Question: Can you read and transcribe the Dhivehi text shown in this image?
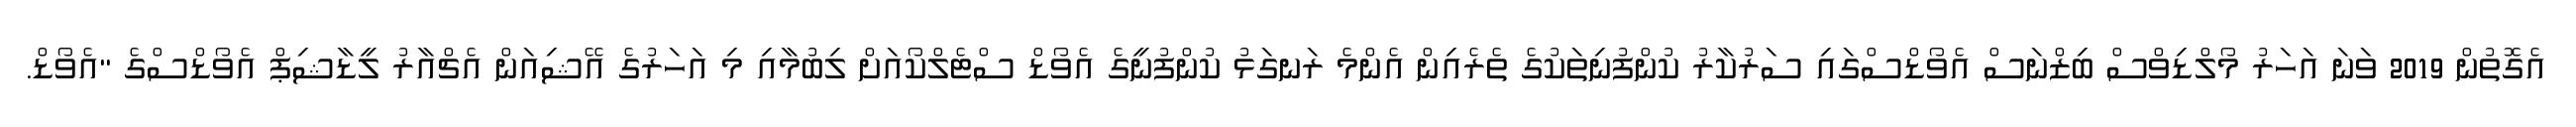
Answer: އެގޮތުން 2019 ވަނަ އަހަރު މޯލްޑިވްސް ބިޒްނަސް އެވޯޑްސްގައި ސަރުކާރު ކުންފުނިތަކުގެ ތެރެއިން އެންމެ ރަނގަޅު ކުންފުނީގެ އެވޯޑް ސްޓެލްކޯއަށް ލިބުމާއި މި އަހަރުގެ އޭޝިއަން އެޗްއާރު ލީޑާޝިޕް އެވޯޑްސްގެ "އެވޯޑް.